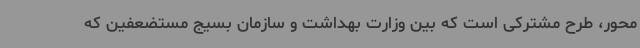
محور، طرح مشترکی است که بین وزارت بهداشت و سازمان بسیج مستضعفین که